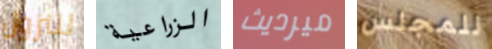
للنزول الزراعية ميرديث للمجلس